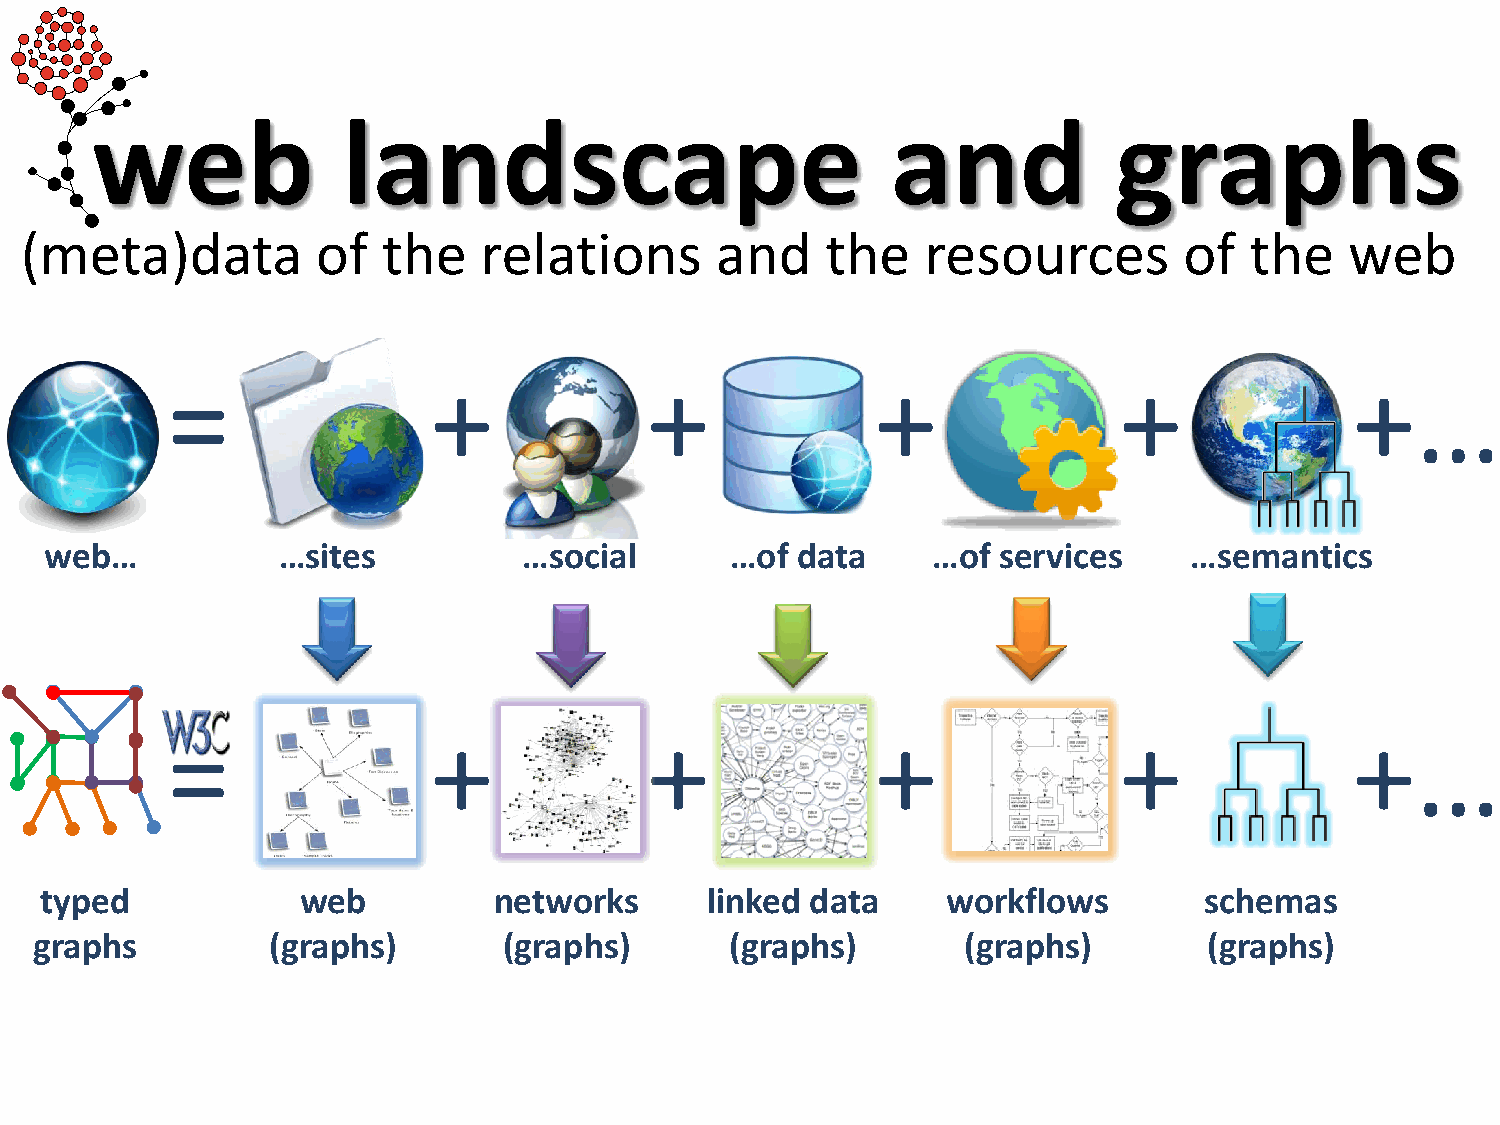
web              landscape                           and            graphs
 (meta)data          of  the    relations      and     the   resources        of   the   web
 =                 +             +              +               +               +…
 web…           …sites           …social      …of  data     …of services     …semantics
 =                 +             +              +               +               +…
 typed            web          networks      linked data     workflows        schemas
 graphs          (graphs)       (graphs)       (graphs)        (graphs)        (graphs)